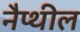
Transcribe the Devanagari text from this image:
नैप्थील